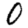
Digit: 0